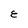
Character: E